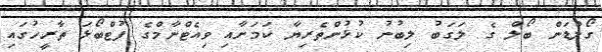
ގޯލްޑަން ބޯލް ގެ ލަގަބު ލިބުނު ކުޅުންތެރިޔާ ކަމަށާއި ވިއެޓްނާމްގެ ފުޓްބޯޅަ ތާރީހުގައި